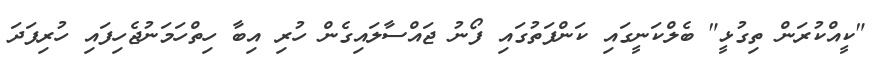
"ކީއްކުރަން ތިގުޅީ" ބެލްކަނީގައި ކަންފަތުގައި ފޯނު ޖައްސާލައިގެން ހުރި އިބާ ހިތްހަމަނުޖެހިފައި ހުރިފަދަ